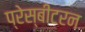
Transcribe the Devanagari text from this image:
प्रेस्बीटरन